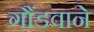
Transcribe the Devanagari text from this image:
गौंडवाने